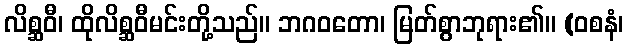
လိစ္ဆဝီ၊ ထိုလိစ္ဆဝီမင်းတို့သည်။ ဘဂဝတော၊ မြတ်စွာဘုရား၏။ (ဝစနံ၊